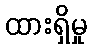
ထားရှိမှု